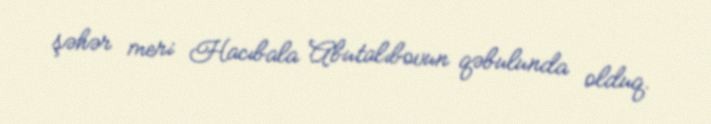
şəhər meri Hacıbala Abutalıbovun qəbulunda olduq.